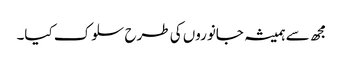
مجھ سے ہمیشہ جانوروں کی طرح سلوک کیا۔